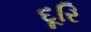
દૂરિ